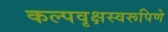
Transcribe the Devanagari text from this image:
कल्पवृक्षस्वरूपिणे